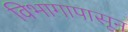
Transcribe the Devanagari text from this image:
विभागापासून